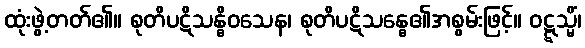
ထုံးဖွဲ့တတ်၏။ စုတိပဋိသန္ဓိဝသေန၊ စုတိပဋိသန္ဓေ၏အစွမ်းဖြင့်။ ဝဋ္ဋသ္မိံ၊